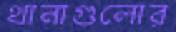
থানাগুলোর